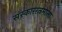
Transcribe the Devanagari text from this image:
संस्काररत्नमाला